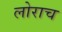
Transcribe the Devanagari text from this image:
लोराच